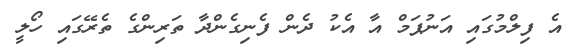
އެ ފިލްމުގައި އަނުޕަމް އާ އެކު ދެން ފެނިގެންދާ ތަރިންގެ ތެރޭގައި ހޯލީ